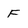
Character: F